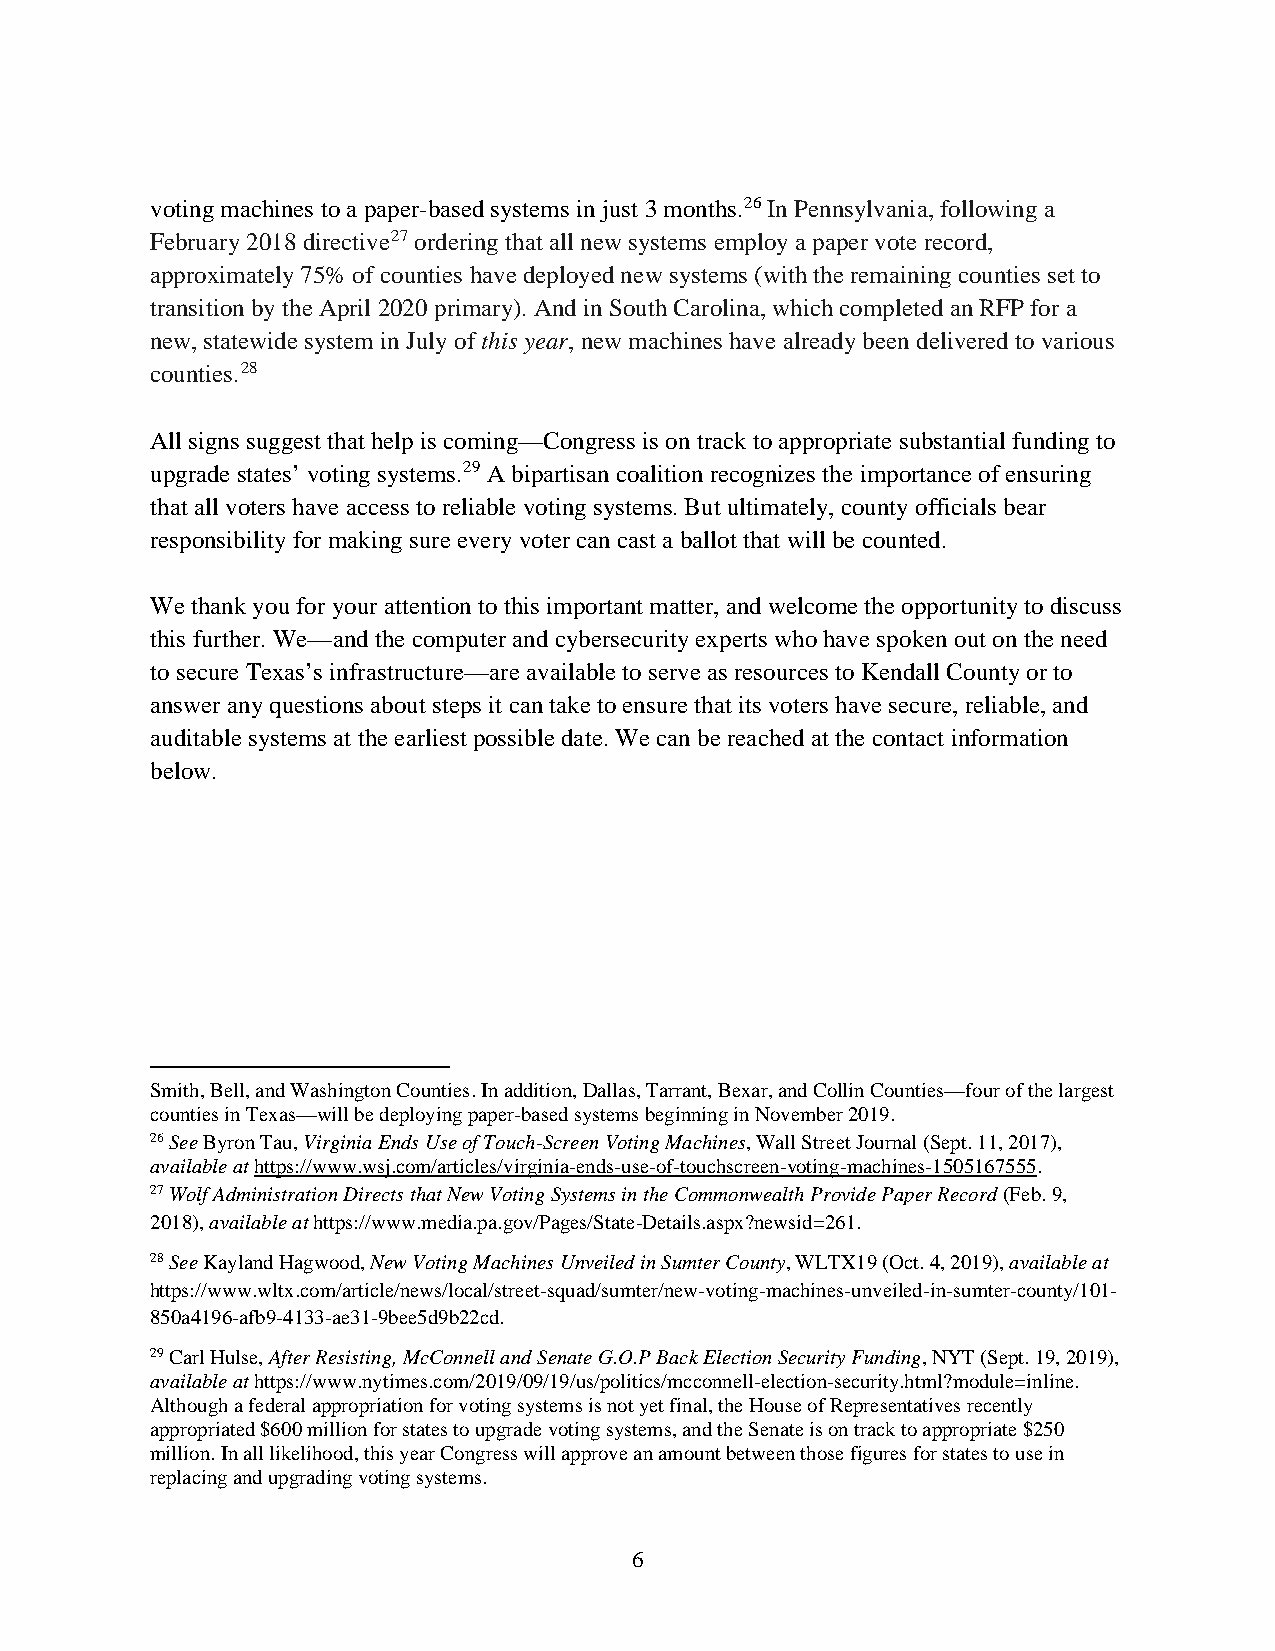
voting machines to a paper-based systems in just 3 months.26 In Pennsylvania, following a
 February 2018 directive27 ordering that all new systems employ a paper vote record,
 approximately 75% of counties have deployed new systems (with the remaining counties set to
 transition by the April 2020 primary). And in South Carolina, which completed an RFP for a
 new, statewide system in July of this year, new machines have already been delivered to various
 counties.28
 All signs suggest that help is coming—Congress is on track to appropriate substantial funding to
 upgrade states’ voting systems.29 A bipartisan coalition recognizes the importance of ensuring
 that all voters have access to reliable voting systems. But ultimately, county officials bear
 responsibility for making sure every voter can cast a ballot that will be counted.
 We thank you for your attention to this important matter, and welcome the opportunity to discuss
 this further. We—and the computer and cybersecurity experts who have spoken out on the need
 to secure Texas’s infrastructure—are available to serve as resources to Kendall County or to
 answer any questions about steps it can take to ensure that its voters have secure, reliable, and
 auditable systems at the earliest possible date. We can be reached at the contact information
 below.
 Smith, Bell, and Washington Counties. In addition, Dallas, Tarrant, Bexar, and Collin Counties—four of the largest
 counties in Texas—will be deploying paper-based systems beginning in November 2019.
 26 See Byron Tau, Virginia Ends Use of Touch-Screen Voting Machines, Wall Street Journal (Sept. 11, 2017),
 available at https://www.wsj.com/articles/virginia-ends-use-of-touchscreen-voting-machines-1505167555.
 27 Wolf Administration Directs that New Voting Systems in the Commonwealth Provide Paper Record (Feb. 9,
 2018), available at https://www.media.pa.gov/Pages/State-Details.aspx?newsid=261.
 28 See Kayland Hagwood, New Voting Machines Unveiled in Sumter County, WLTX19 (Oct. 4, 2019), available at
 https://www.wltx.com/article/news/local/street-squad/sumter/new-voting-machines-unveiled-in-sumter-county/101-
 850a4196-afb9-4133-ae31-9bee5d9b22cd.
 29 Carl Hulse, After Resisting, McConnell and Senate G.O.P Back Election Security Funding, NYT (Sept. 19, 2019),
 available at https://www.nytimes.com/2019/09/19/us/politics/mcconnell-election-security.html?module=inline.
 Although a federal appropriation for voting systems is not yet final, the House of Representatives recently
 appropriated $600 million for states to upgrade voting systems, and the Senate is on track to appropriate $250
 million. In all likelihood, this year Congress will approve an amount between those figures for states to use in
 replacing and upgrading voting systems.
 6